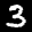
Label: 3